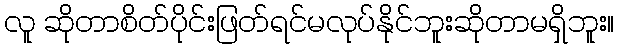
လူ ဆိုတာစိတ်ပိုင်းဖြတ်ရင်မလုပ်နိုင်ဘူးဆိုတာမရှိဘူး။